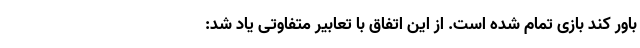
باور کند بازی تمام شده است. از این اتفاق با تعابیر متفاوتی یاد شد: